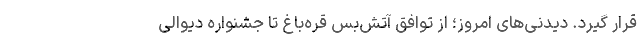
قرار گیرد. دیدنی‌های امروز؛ از توافق آتش‌بس قره‌باغ تا جشنواره دیوالی